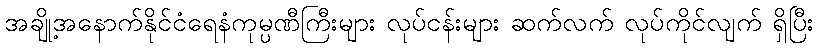
အချို့အနောက်နိုင်ငံရေနံကုမ္ပဏီကြီးများ လုပ်ငန်းများ ဆက်လက် လုပ်ကိုင်လျက် ရှိပြီး